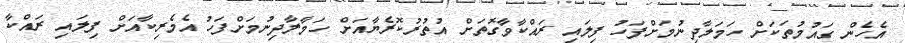
އެހެން ގައުމުތަކަށް ހަމަލާދިނުމަށްފަހު ފިލައި ރައްކާވާގޮތަށް އުތުރުކޮރެޔާއަށް ހަމާލާދިނުމަށްފަހު އެމެރިކާއަށް ފިލައި ރައްކާ